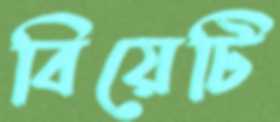
বিয়েটি